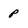
Character: p